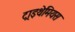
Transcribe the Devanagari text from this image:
ट्राइथेमियस